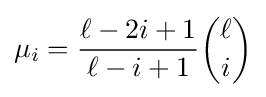
\mu _{i}={\frac {\ell -2i+1}{\ell -i+1}}{\binom {\ell }{i}}